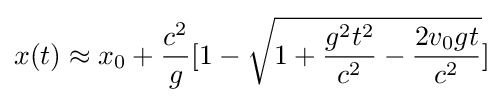
x(t)\approx x_{0}+{\frac {c^{2}}{g}}[1-{\sqrt {1+{\frac {g^{2}t^{2}}{c^{2}}}-{\frac {2v_{0}gt}{c^{2}}}}}]